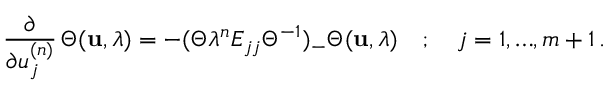
\frac { \partial } { \partial u _ { j } ^ { ( n ) } } \, \Theta ( { \bf u } , \lambda ) = - ( \Theta \lambda ^ { n } E _ { j j } { \Theta } ^ { - 1 } ) _ { - } \Theta ( { \bf u } , \lambda ) \quad ; \quad j = 1 , { \ldots } , m + 1 \, .